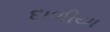
દાળીયા